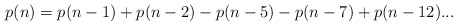
\begin{align*}p(n)=p(n-1)+p(n-2)-p(n-5)-p(n-7)+p(n-12)...\end{align*}